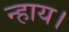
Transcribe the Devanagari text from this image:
न्हाय।